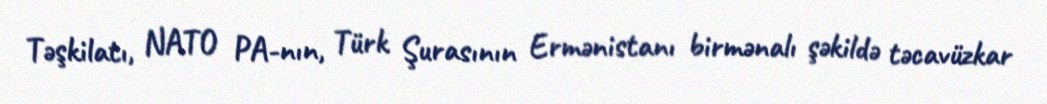
Təşkilatı, NATO PA-nın, Türk Şurasının Ermənistanı birmənalı şəkildə təcavüzkar